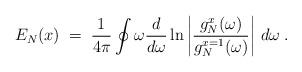
LaTeX: \begin{align*}E_N(x) \;=\; {1 \over 4\pi} \oint \omega {d \over d\omega} \ln \left| { g_N^x(\omega) \over g_N^{x=1}(\omega)} \right| \,d\omega \;.\end{align*}